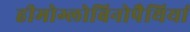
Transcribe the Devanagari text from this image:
हीमोग्लोबिनोपैथियां